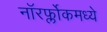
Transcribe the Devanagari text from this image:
नॉरर्फ्लोकमध्ये